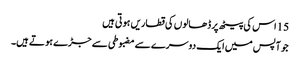
15 اس کی پیٹھ پر ڈھالو ں کی قطاریں ہو تی ہیں
جو آپس میں ایک دوسرے سے مضبوطی سے جڑے ہو تے ہیں۔